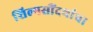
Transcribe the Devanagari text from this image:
शिल्पसौंदर्याचा